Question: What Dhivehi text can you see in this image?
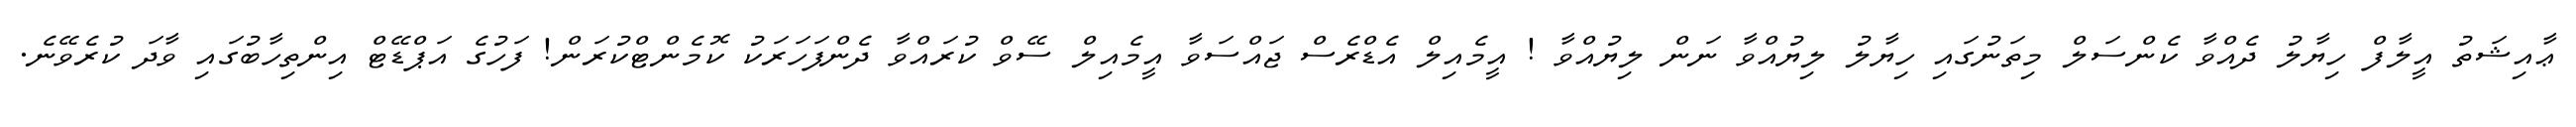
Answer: ޢާއިޝަތު އީލާފް ހިޔާލު ދެއްވާ ކެންސަލް މިތަނުގައި ހިޔާލު ލިޔުއްވާ ނަން ލިޔުއްވާ ! އީމެއިލް އެޑްރެސް ޖައްސަވާ އީމެއިލް ސޭވް ކުރައްވާ ދެންފަހަރަކު ކޮމެންޓްކުރަން! ފަހުގެ އަޕްޑޭޓް އިންތިހާބުގައި ވާދަ ކުރެވޭނެ.